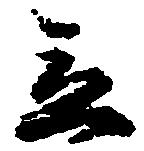
立